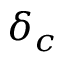
\delta _ { c }